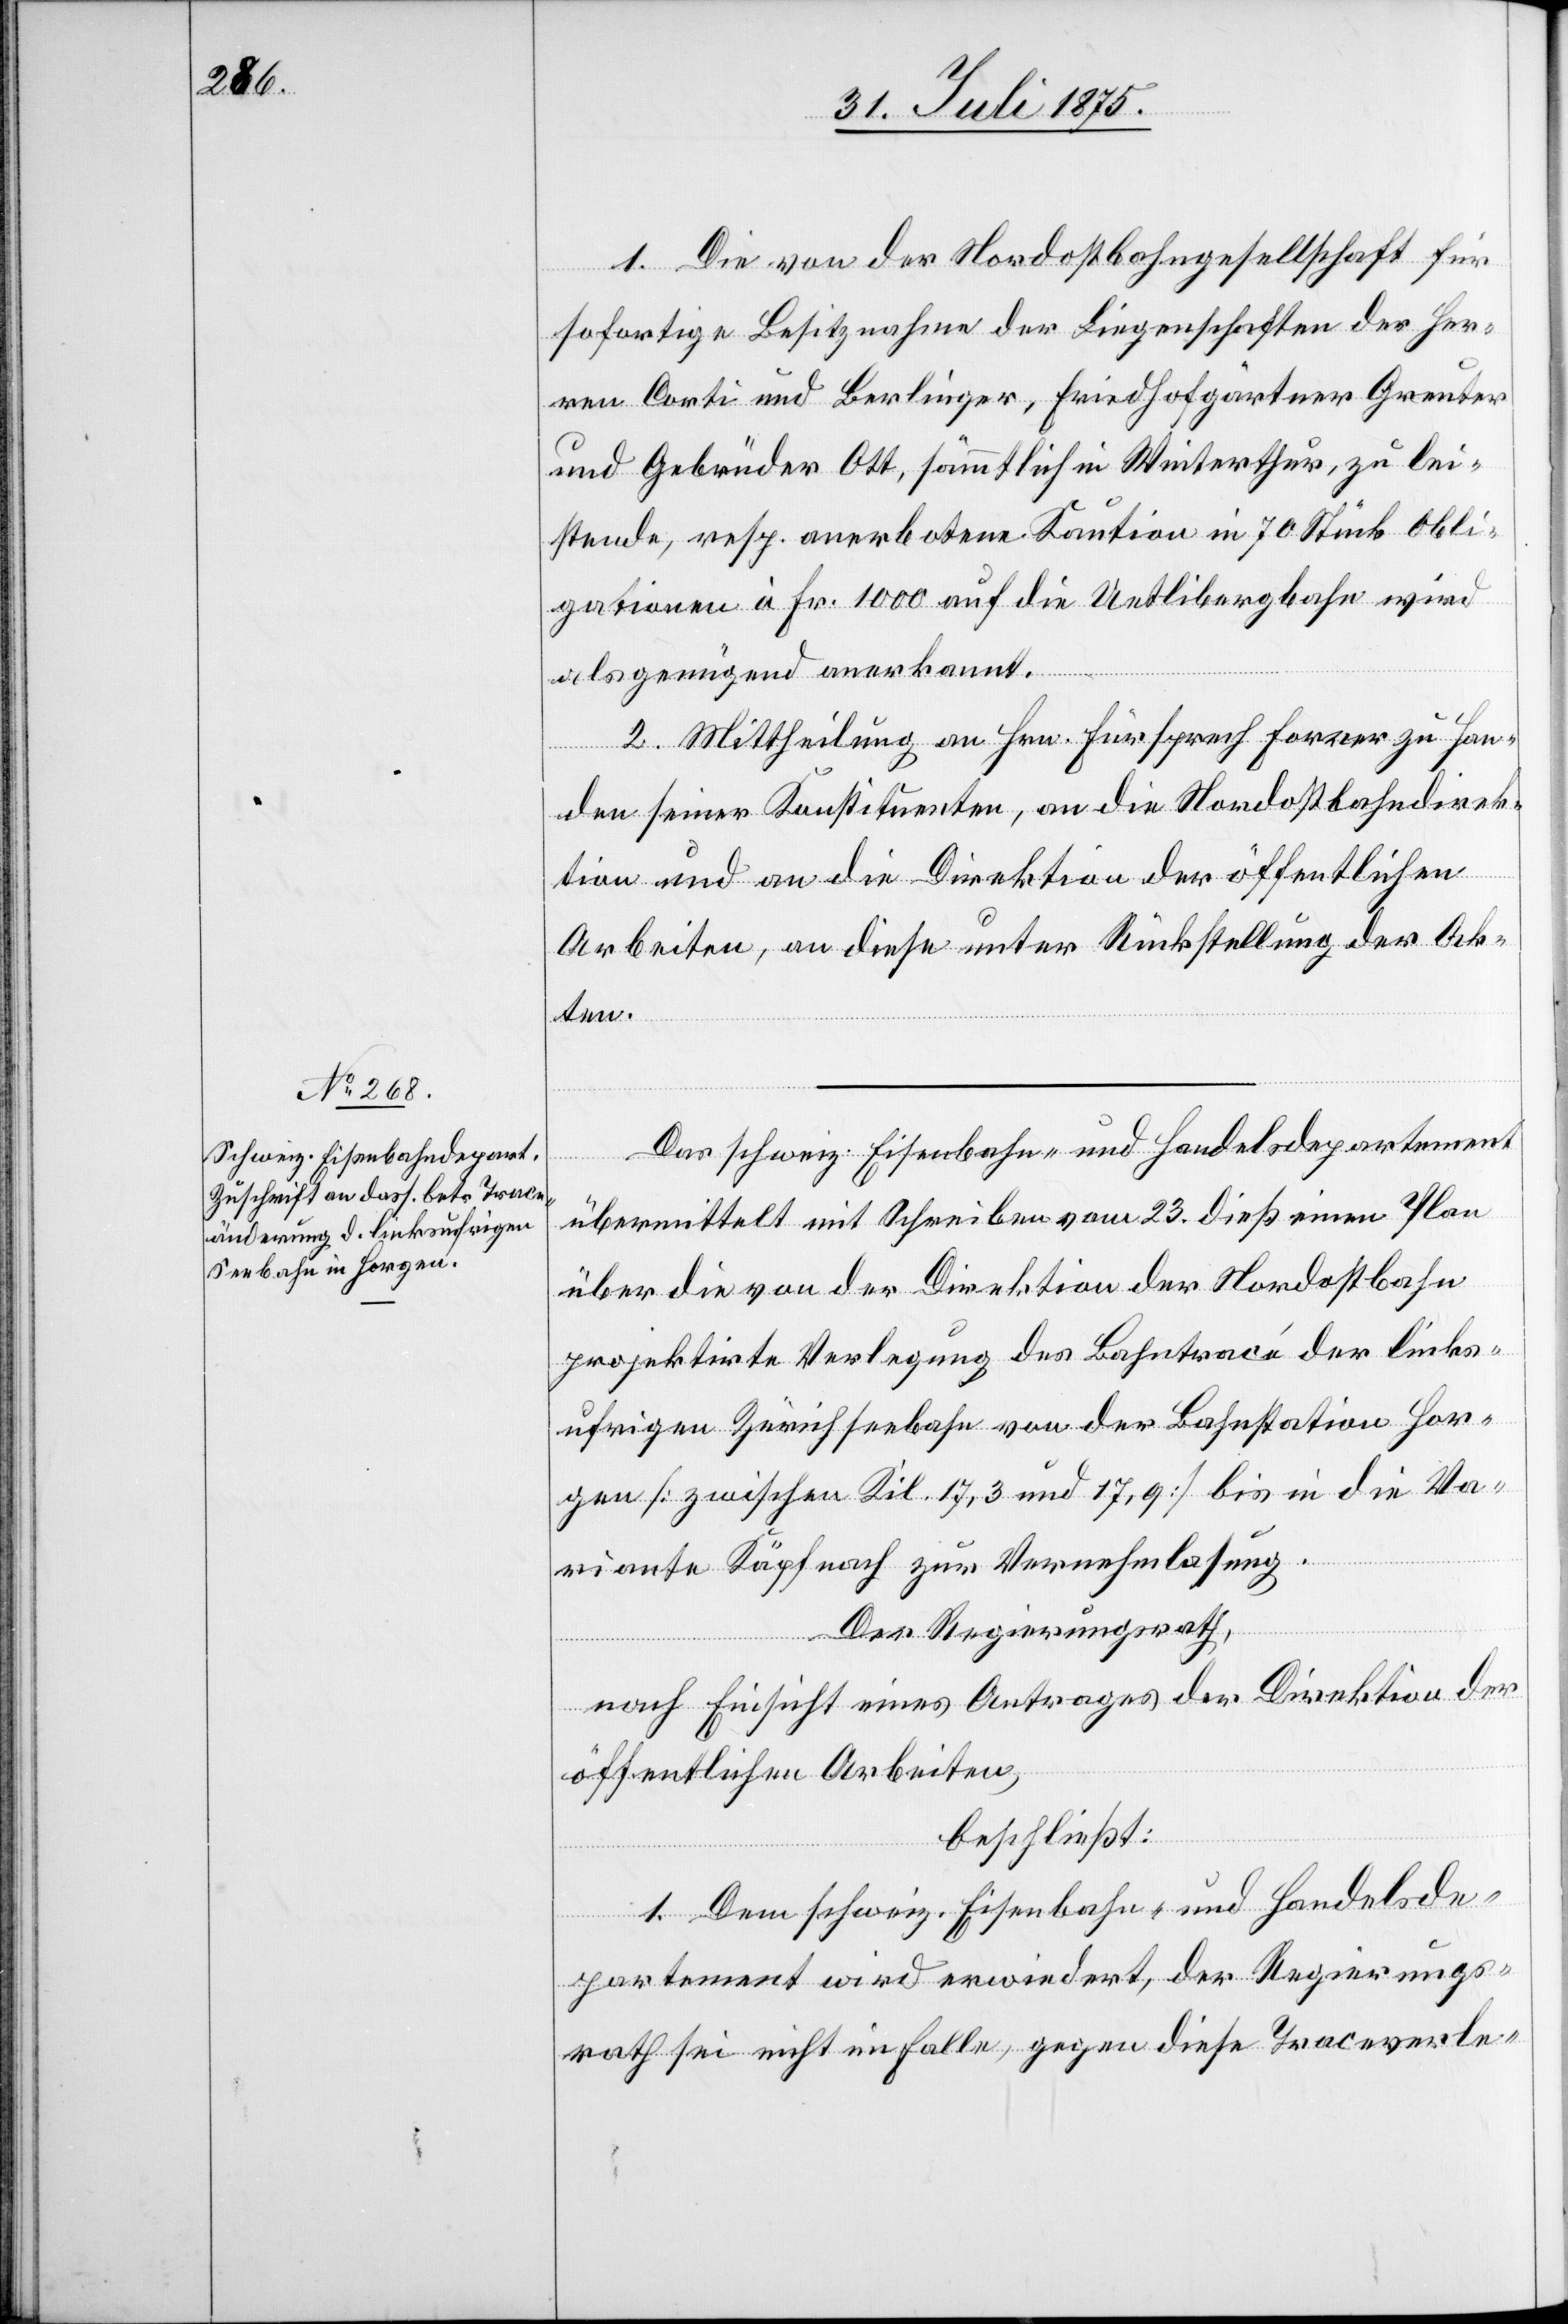
1. Die von der Nordostbahngesellschaft für
sofortige Besitznahme der Liegenschaften der Her¬
ren Corti und Berlinger, Friedhofsgärtner Greuter
und Gebrüder Ott, sämmtliche in Winterthur, zu lei¬
stende, resp. anerbotene Kaution in 70 Stück Obli¬
gationen à Fr. 1000 auf die Uetlibergbahn wird
als genügend anerkannt.
2. Mittheilung an Hrn. Fürsprech Forrer zu Han¬
den seiner Konstituenten, an die Nordostbahndirek¬
tion und an die Direktion der öffentlichen
Arbeiten, an diese unter Rückstellung der Ak¬
ten.
Das schweiz. Eisenbahn- und Handelsdepartement
übermittelt mit Schreiben vom 23. dieß einen Plan
über die von der Direktion der Nordostbahn
projektirte Verlegung des Bahntracé der links¬
ufrigen Zürichseebahn von der Bahnstation Hor¬
gen [zwischen Kil. 17,3 und 17,9] bis in die Va¬
riante Käpfnach zur Vernehmlassung.
Der Regierungsrath,
nach Einsicht eines Antrages der Direktion der
öffentlichen Arbeiten,
beschließt:
1. Dem schweiz. Eisenbahn- und Handelsde¬
partement wird erwiedert, der Regierungs¬
rath sei nicht imfalle, gegen diese Traceverle-